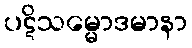
ပဋိသမ္မောဒမာနာ